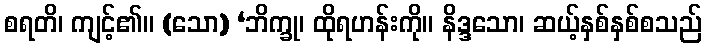
စရတိ၊ ကျင့်၏။ (သော) ‘ဘိက္ခု၊ ထိုရဟန်းကို။ နိဒ္ဒသော၊ ဆယ့်နှစ်နှစ်စသည်